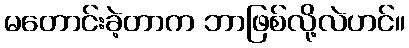
မတောင်းခဲ့တာက ဘာဖြစ်လို့လဲဟင်။